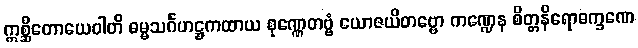
ဣစ္ဆိတောယေဝါတိ ဓမ္မသင်္ဂဟဋ္ဌကထာယ စုဏ္ဏေတဗ္ဗံ ယောဇယိတဗ္ဗော ကဏ္ဍေန စိတ္တနိရောဓက္ခဏေ